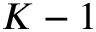
K - 1